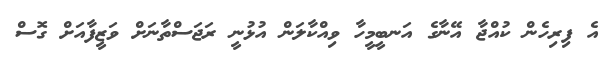
އެ ފިރިހެން ކުއްޖާ އޭނާގެ އަނބީމީހާ ވިއްކާލަން އުޅުނީ ރަޖަސްތާނަށް ވަޒީފާއަށް ގޮސް